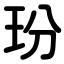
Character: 玢